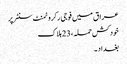
عراق میں فوجی رکروٹمنٹ سنٹر پر
خودکش حملہ ، 23 ہلاک
بغداد ۔